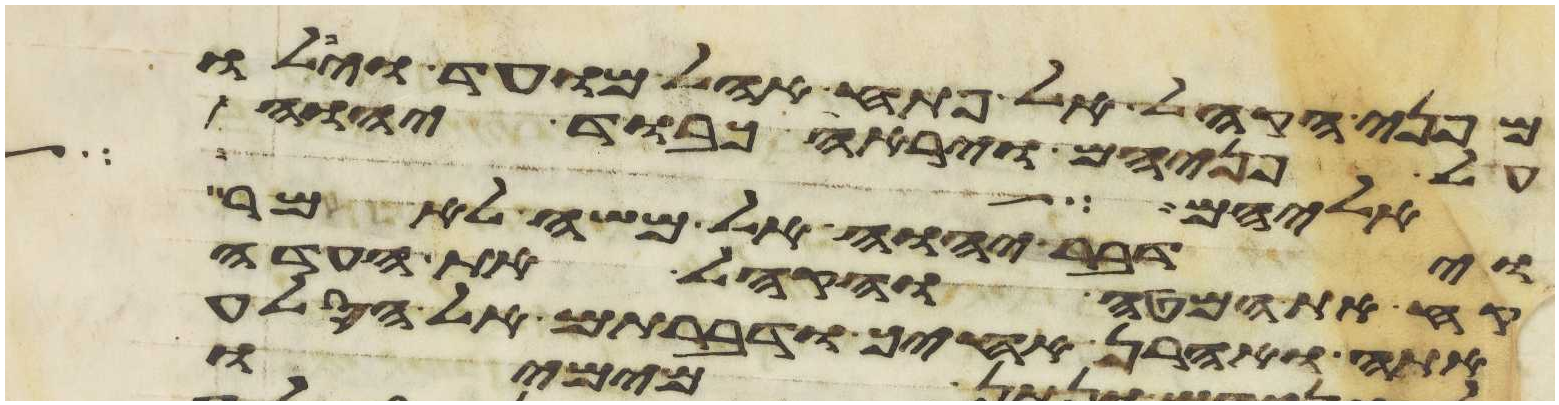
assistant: מפני הקהל אל פתח אהל מועד ויפלו
על פניהם וירא כבוד יהוה
אליהם אל
וידבר יהוה אל משה לאמר
קח את המטה והקהל את העדה
אתה ואהרן אחיך ודברתם אל הסלע